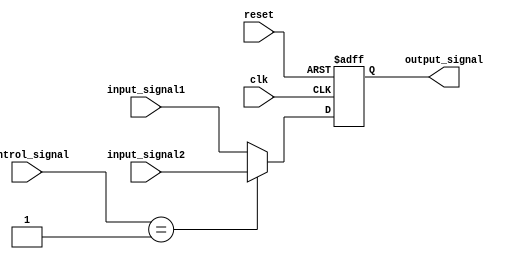
module timing_control_sync_mux_delay (
    input wire clk,
    input wire reset,
    input wire [1:0] control_signal,
    input wire [7:0] input_signal1,
    input wire [7:0] input_signal2,
    output reg [7:0] output_signal
);

reg [7:0] delayed_output;

always @(posedge clk or posedge reset) begin
    if (reset) begin
        output_signal <= 8'b0;
        delayed_output <= 8'b0;
    end else begin
        case (control_signal)
            0: output_signal <= input_signal1;
            1: output_signal <= input_signal2;
            default: output_signal <= input_signal1;
        endcase
    end
end

always @(posedge clk) begin
    delayed_output <= output_signal; // introduce delay in output signal
end

endmodule